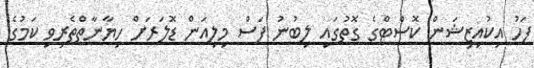
ފަހު އިކުއިޒިޝަން ކޮސްޓްގެ ގޮތުގައި ލިބުނު ފަސް މިލިއަން ޑޮލަރަށް ހިޔާނާތްތެރިވި ކަމުގެ